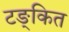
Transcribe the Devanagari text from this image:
टङ्कित